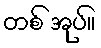
တစ် အုပ်။